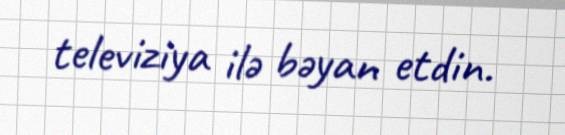
televiziya ilə bəyan etdin.